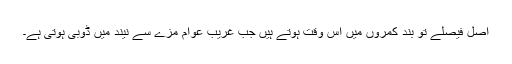
اصل فیصلے تو بند کمروں میں اس وقت ہوتے ہیں جب غریب عوام مزے سے نیند میں ڈوبی ہوتی ہے۔